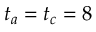
t _ { a } = t _ { c } = 8